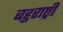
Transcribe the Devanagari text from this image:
बहुराष्ट्री